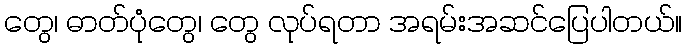
တွေ၊ ဓာတ်ပုံတွေ၊ တွေ လုပ်ရတာ အရမ်းအဆင်ပြေပါတယ်။